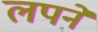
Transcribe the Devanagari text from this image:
लपने